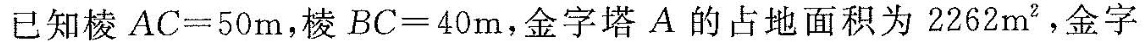
已知棱$$AC=50m$$，棱$$BC=40m$$，金字塔A的占地面积为2262m^{2}，金字